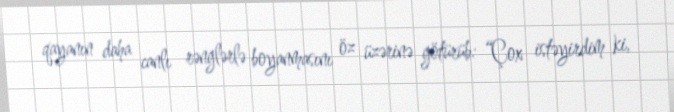
qayanın daha canlı rənglərlə boyanmasını öz üzərinə götürüb: “Çox istəyirdim ki,